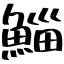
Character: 鯔